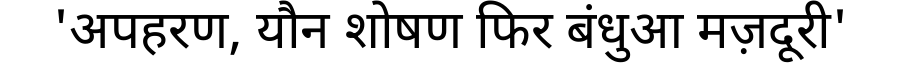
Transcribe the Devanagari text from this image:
'अपहरण, यौन शोषण फिर बंधुआ मज़दूरी'